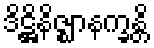
ဒိဋ္ဌိနိဇ္ဈာနက္ခန္တိ